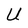
Character: U